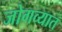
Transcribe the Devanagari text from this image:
जोगव्यात